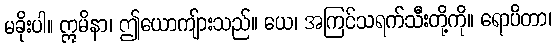
မခိုးပါ။ ဣမိနာ၊ ဤယောကျ်ားသည်။ ယေ၊ အကြင်သရက်သီးတို့ကို။ ရောပိတာ၊